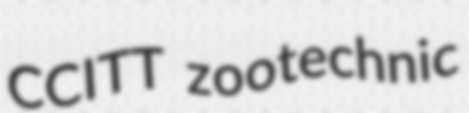
CCITT zootechnic